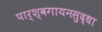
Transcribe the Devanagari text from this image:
पार्श्वगायनसुद्धा